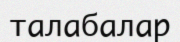
талабалар